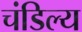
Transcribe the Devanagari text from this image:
चंडिल्य